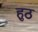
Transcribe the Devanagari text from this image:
हुठ